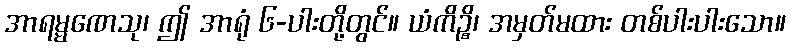
အာရမ္မဏေသု၊ ဤ အာရုံ ၆-ပါးတို့တွင်။ ယံကိဉ္စိ၊ အမှတ်မထား တစ်ပါးပါးသော။